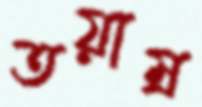
তয়াম্র